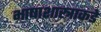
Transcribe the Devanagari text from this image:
भाषाशास्त्राकडे